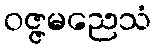
ဝဇ္ဇမညေသံ